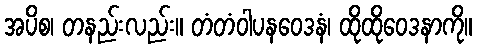
အပိစ၊ တနည်းလည်း။ တံတံဝါပနဝေဒနံ၊ ထိုထိုဝေဒနာကို။